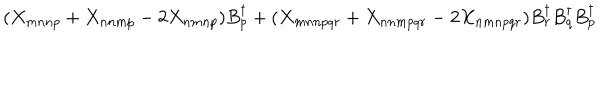
( X _ { m n n p } + X _ { n n m p } - 2 X _ { n m n p } ) B _ { p } ^ { \dagger } + ( X _ { m n n p q r } + X _ { n n m p q r } - 2 X _ { n m n p q r } ) B _ { r } ^ { \dagger } B _ { q } ^ { \dagger } B _ { p } ^ { \dagger }